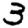
Digit: 3